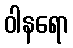
ဝါနရော